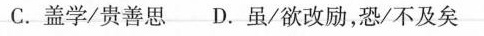
C.盖学/贵善思 D.虽/欲改励，恐/不及矣